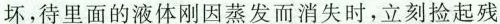
坏，待里面的液体刚因蒸发而消失时，立刻捡起残